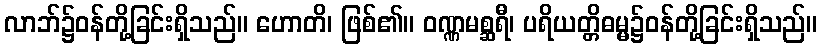
လာဘ်၌ဝန်တို့ခြင်းရှိသည်။ ဟောတိ၊ ဖြစ်၏။ ဝဏ္ဏမစ္ဆရီ၊ ပရိယတ္တိဓမ္မ၌ဝန်တို့ခြင်းရှိသည်။